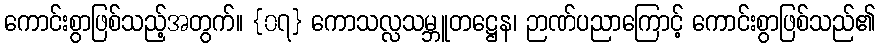
ကောင်းစွာဖြစ်သည့်အတွက်။ {၀၇} ကောသလ္လသမ္ဘူတဋ္ဌေန၊ ဉာဏ်ပညာကြောင့် ကောင်းစွာဖြစ်သည်၏